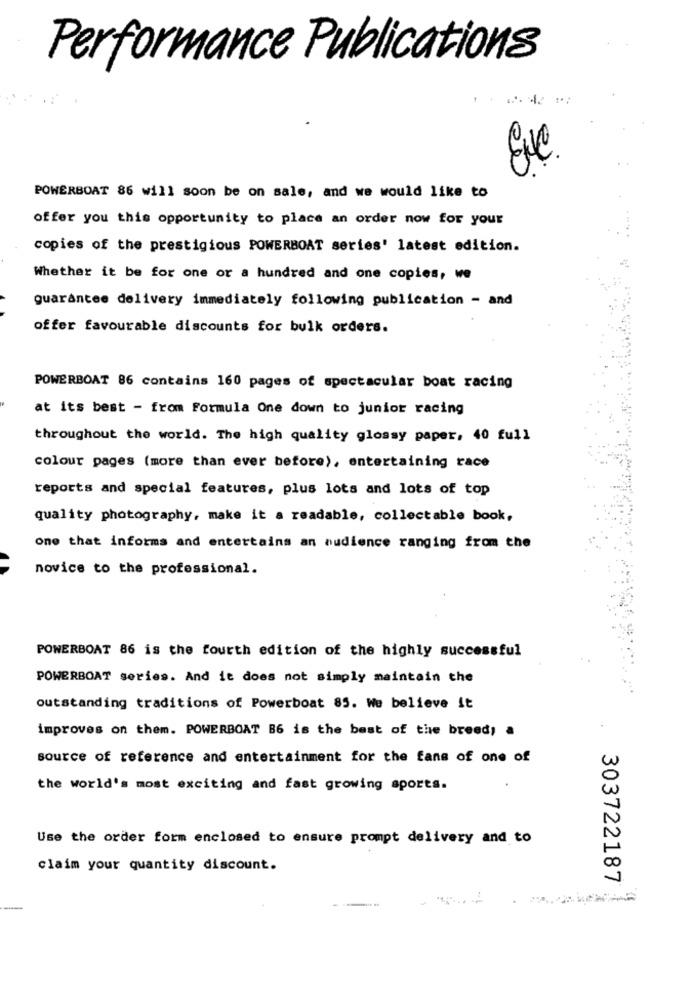
Performance Publications
POWERBOAT 86 will soon be on sale, and we would like to
offer you this opportunity to place an order now for your
copies of the prestigious POWERBOAT series' latest edition.
Whether it be for one or a hundred and one copies, we
guarantee delivery immediately following publication - and
offer favourable discounts for bulk orders.
POWERBOAT 86 contains 160 pages of spectacular boat racing
at its best - from Formula One down to junior racing
throughout the world. The high quality glossy paper, 40 full
colour pages (more than ever before), entertaining race
reports and special features, plus lots and lots of top
quality photography, make it a readable, collectable book,
one that informs and entertains an audience ranging from the
novice to the professional.
POWERBOAT 86 is the fourth edition of the highly successful
POWERBOAT series. And it does not simply maintain the
outstanding traditions of Powerboat 85. We believe it
improves on them. POWERBOAT 86 is the best of the breed; a
source of reference and entertainment for the fans of one of
the world's most exciting and fast growing sports.
Use the order form enclosed to ensure prompt delivery and to
claim your quantity discount.
303722187